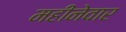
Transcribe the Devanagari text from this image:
महीनेवार